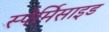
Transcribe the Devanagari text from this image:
स्पेर्मिसाइड